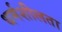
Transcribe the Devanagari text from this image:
धर्मशीलता